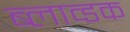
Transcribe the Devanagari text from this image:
ब्लाव्डक